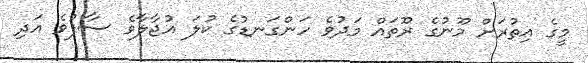
މީގެ އިތުރަށް މޫނުގެ ރޫތައް މަދުވެ ހަންގަނޑުގެ ކުލަ އުޖާލާވެ ސާފުވެ އަދި